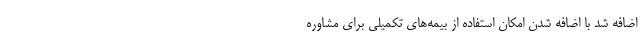
اضافه شد با اضافه شدن امکان استفاده از بیمه‌های تکمیلی برای مشاوره